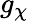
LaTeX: g_{\chi}